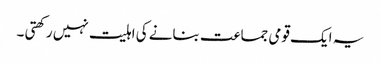
یہ ایک قومی جماعت بنانے کی اہلیت نہیں رکھتی ۔